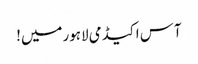
آس اکیڈمی لاہورمیں!